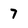
Character: 7